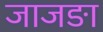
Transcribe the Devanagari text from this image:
जाजङा